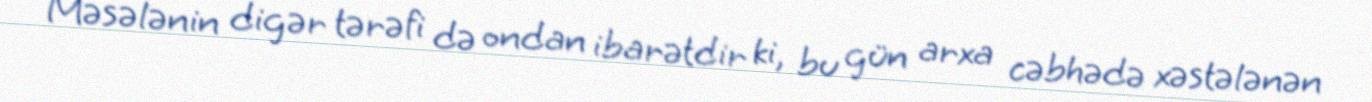
Məsələnin digər tərəfi də ondan ibarətdir ki, bu gün arxa cəbhədə xəstələnən